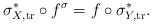
\begin{align*} \sigma_{X, \mathrm{tr}}^* \circ f^\sigma = f \circ \sigma_{Y, \mathrm{tr}}^*.\end{align*}